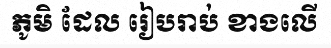
ភូមិ ដែល រៀបរាប់ ខាងលើ